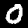
Digit: 0